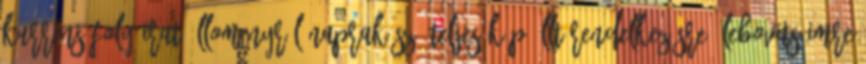
kurrens folyóirat-állományról naprakész, teljes kép állt rendelkezésre. Lebovits Imre